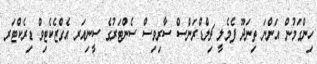
ހިންގަމުން އަންނަ ތިނަދޫ ފެމެލީ ޗިލްޑްރަންސް ސާރިވިސް ސެންޓަރުގެ ސީނިއަރ އެގްޒެކެޓިވް ޑިރެކްޓަރ